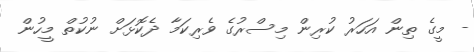
- މީގެ ތިން އަހަރު ކުރިން މިސްރުގެ ވެރިކަމާ ދެކޮޅަށް ނުކުތް މީހުން